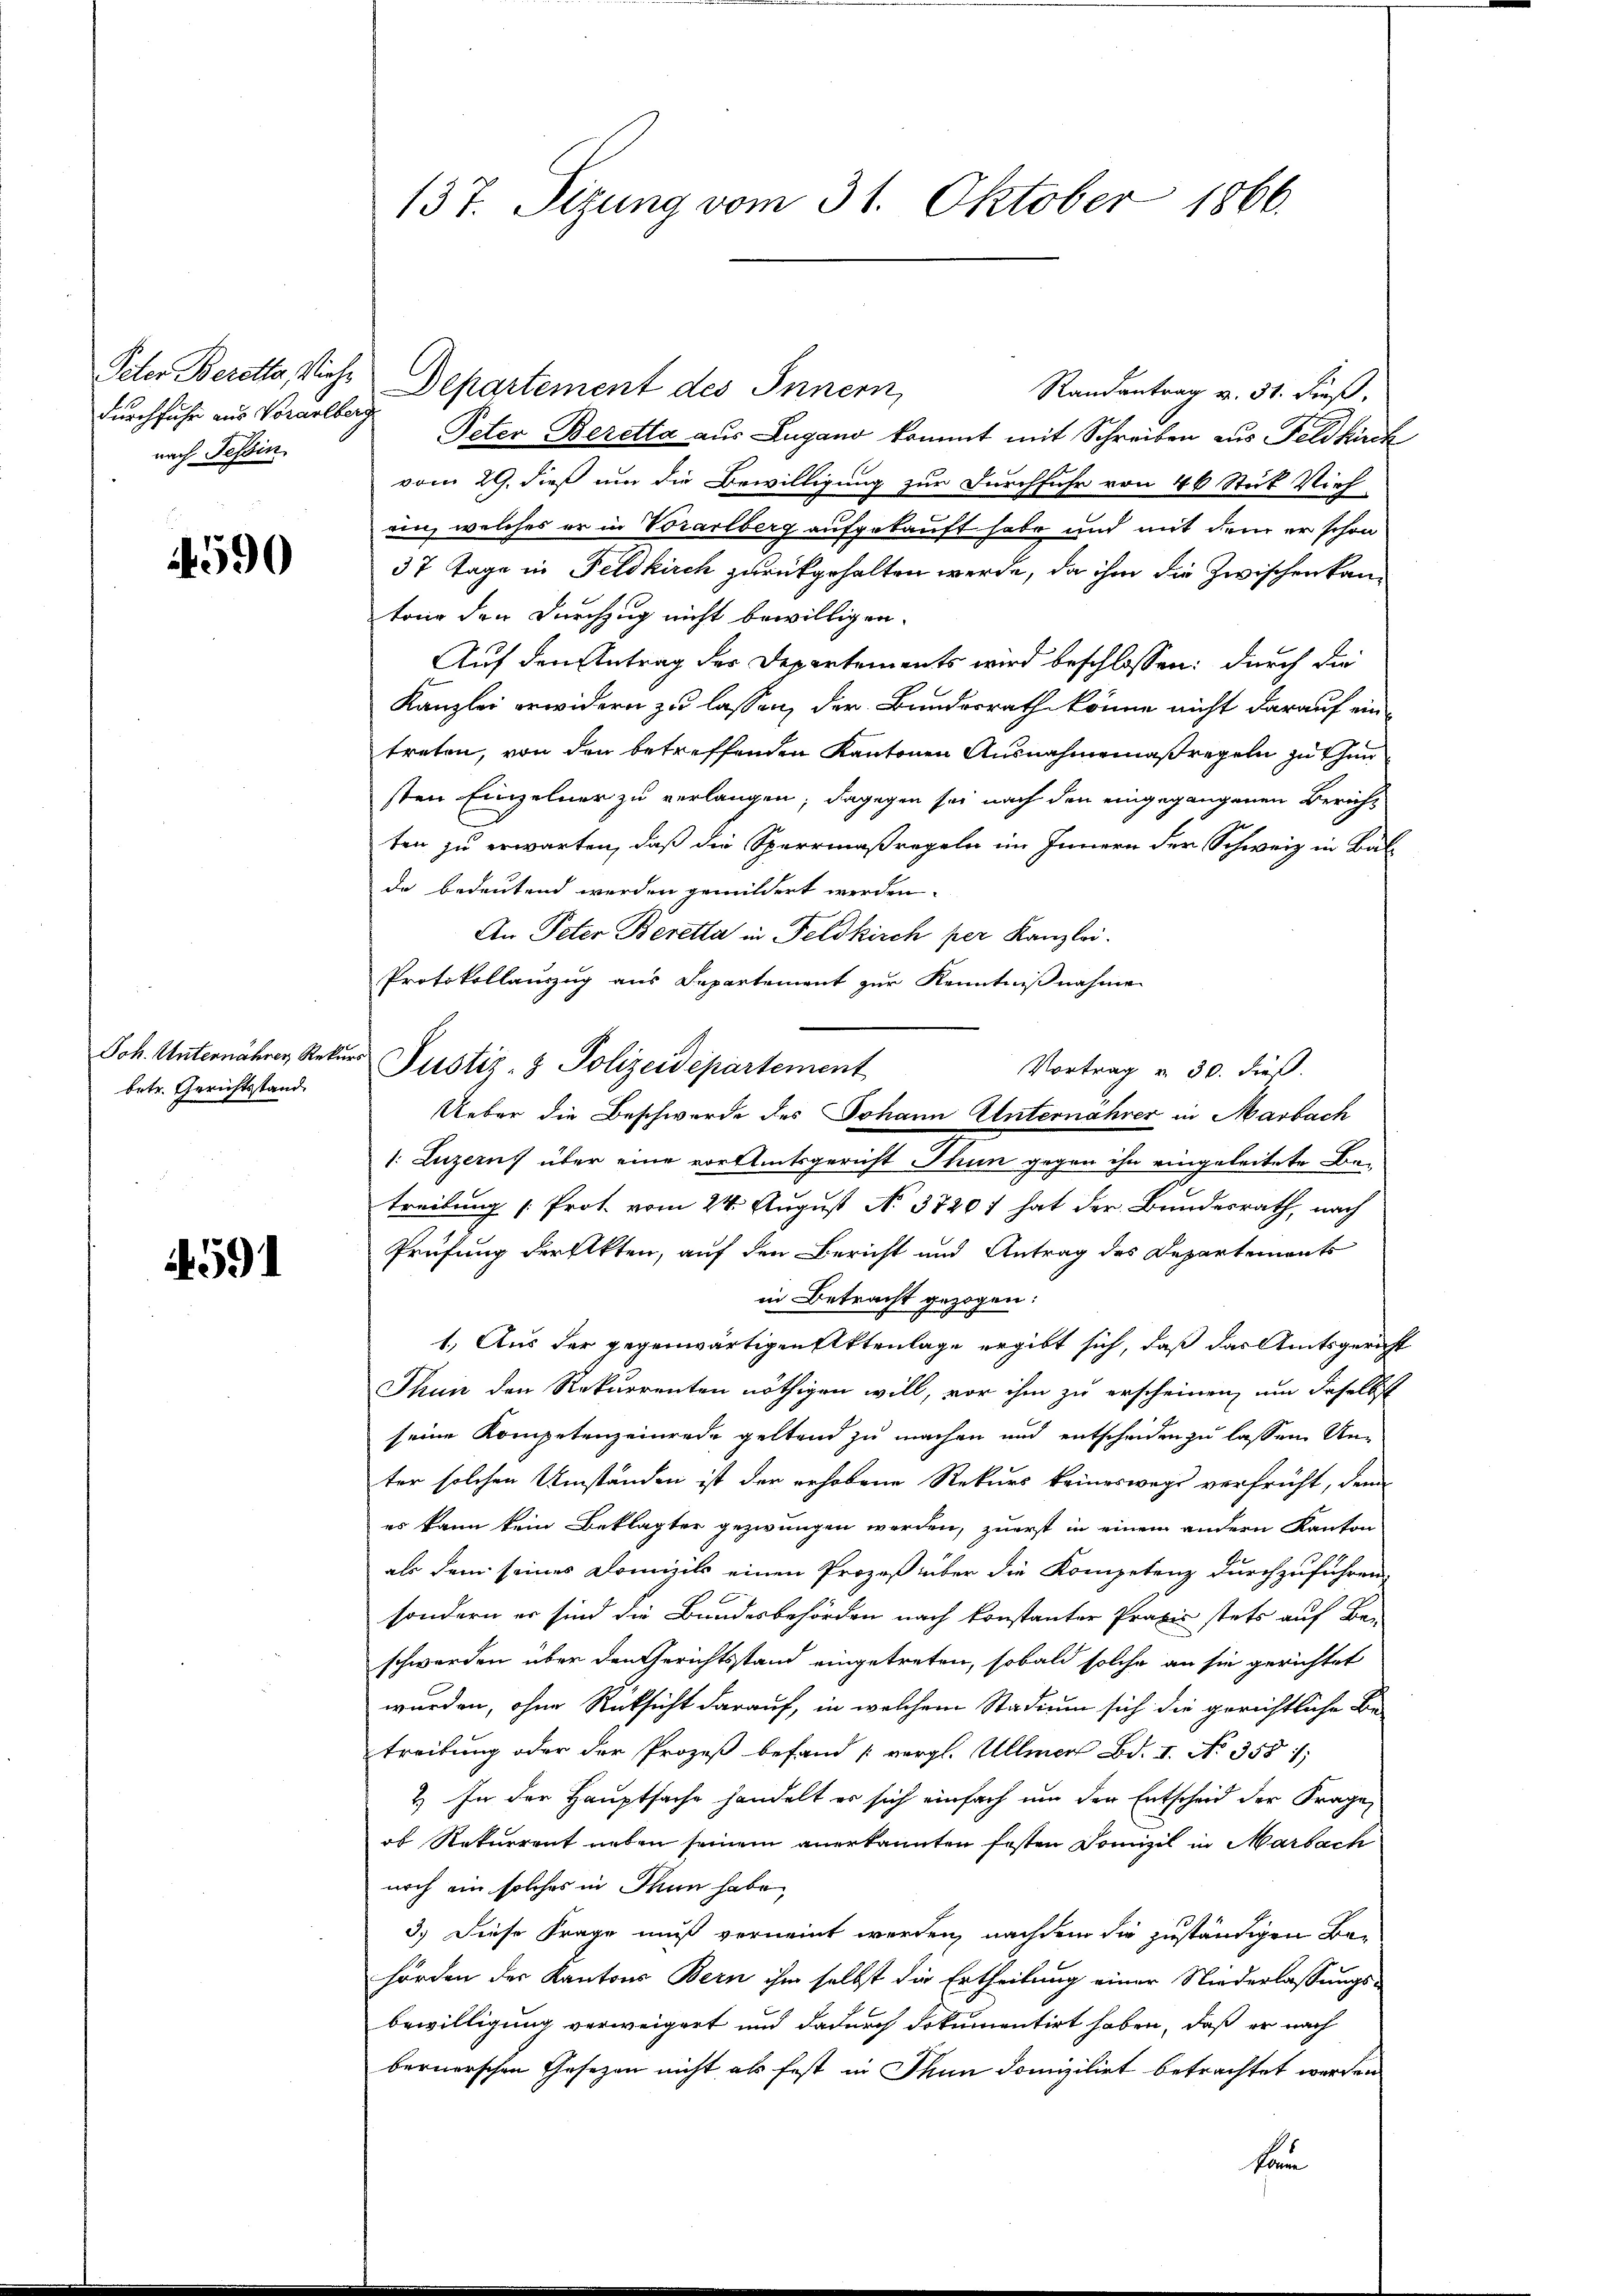
durchfuhr aus Vorarlberg
nach Tessin.

590

Joh. Unternähren Rekurs
betr. Gerichtsstand

591

Peter Beretto, Viehe Departement des Innern,
Randantrag v. 31. dieß,
Peter Beretta aus Lugano kommt mit Schreiben aus Feldkirch
vom 29. dieß um die Bewilligung zur Durchfuhr von 40 Stück Vieh
ein, welches er in Vorarlberg aufgekauft habe und mit dem er schon
37 Tage in Feldkirch zurückgehalten werde, da ihm die zwischen kantang den Durchzug nicht bewilligen.
Auf den Antrag der Departements wird beschlossen: durch die
Kanzlei erwidern zu lassen, der Bundesrath könne nicht darauf eintreten, von den betreffenden Kantonen Ausnahmemaßregeln zu thun
sten Einzelner zu verlangen; dagegen sei nach den eingegangenen Bericht
ten zu erwarten, daß die Sperrmaßregeln im Innern der Schweiz in Bal
de bedeutend werden gemildert werden.
An Peter Beretta in Feldkirch per Kanzlei.
Protokollauszug aus Departement zur Kenntnißnahme
Justiz- & Polizeidepartement
Vortrag v. 30. dieß.
Ueber die Beschwerde des Johann Unternährer in Marbach
 Luzerns über eine vor Amtsgericht Thun gegen ihn eingeleitete Betreibung [Prot. vom 24. August No 38201 hat der Bundesrath, nach
Prüfung der Akten, auf den Bericht und Antrag des Departements
in Betracht gezogen:
1. Aus der gegenwärtigen Aktenlage ergibt sich, daß das Amtsgericht
Thun den Rekurrenten nöthigen will, vor ihm zu erscheinen, um daselbst
seine Kompetenzeinrede geltend zu machen und entscheiden zu lassen Unter solchen Umständen ist der erhobene Rekurs keineswegs verfrüht, dem
es kann kein Beklagter gezwungen werden, zuerst in einem andern Kanton
als dem seines Domizil einen Prozeß über die Kompetenz durchzuführen.
sondern er sind die Bundesbehörden nach konstanter Praxis stets auf Be-
schwerden über den Gerichtsstand eingetreten, sobald solche an sie gerichtet
wurden, ohne Rücksicht darauf, in welchem Stadium sich die gerichtliche Be-
treitung oder der Prozeß befand [vergl. Ullmer Bd. I. No. 355 1
2.) In der Hauptsache handelt er sich einfach um der Entscheid der Frage,
ob Rekurrent neben seinem anerkannten festen Domizil in Marbach
noch ein solches in Thun habe,
3.) Diese Frage muß verneint werden, nachdem die zuständigen Be-
hörden der Kantons Bern ihm selbst die Ertheilung einer Niederlassungsbewilligung verweigert und dadurch dokumentirt haben, daß er nach
bernerschen Gesezen nicht als fest in Thun domizilirt betrachtet werden
kom

137. Sizung vom 31. Oktober 1866.